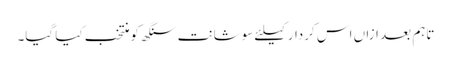
تاہم بعد ازاں اس کردار کیلئے سوشانت سنگھ کو منتخب کیا گیا۔